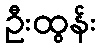
ဦးထွန်း